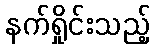
နက်ရှိုင်းသည့်